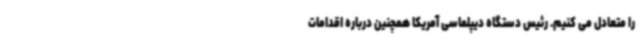
را متعادل می کنیم. رئیس دستگاه دیپلماسی آمریکا همچنین درباره اقدامات